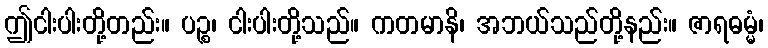
ဤငါးပါးတို့တည်း။ ပဉ္စ၊ ငါးပါးတို့သည်။ ကတမာနိ၊ အဘယ်သည်တို့နည်း။ ဇာရဓမ္မံ၊